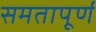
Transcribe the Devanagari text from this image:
समतापूर्ण